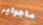
ماجواير